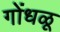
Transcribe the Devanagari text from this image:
गोंधळू